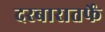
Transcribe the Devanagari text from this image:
दरबारातर्फे